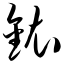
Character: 铱